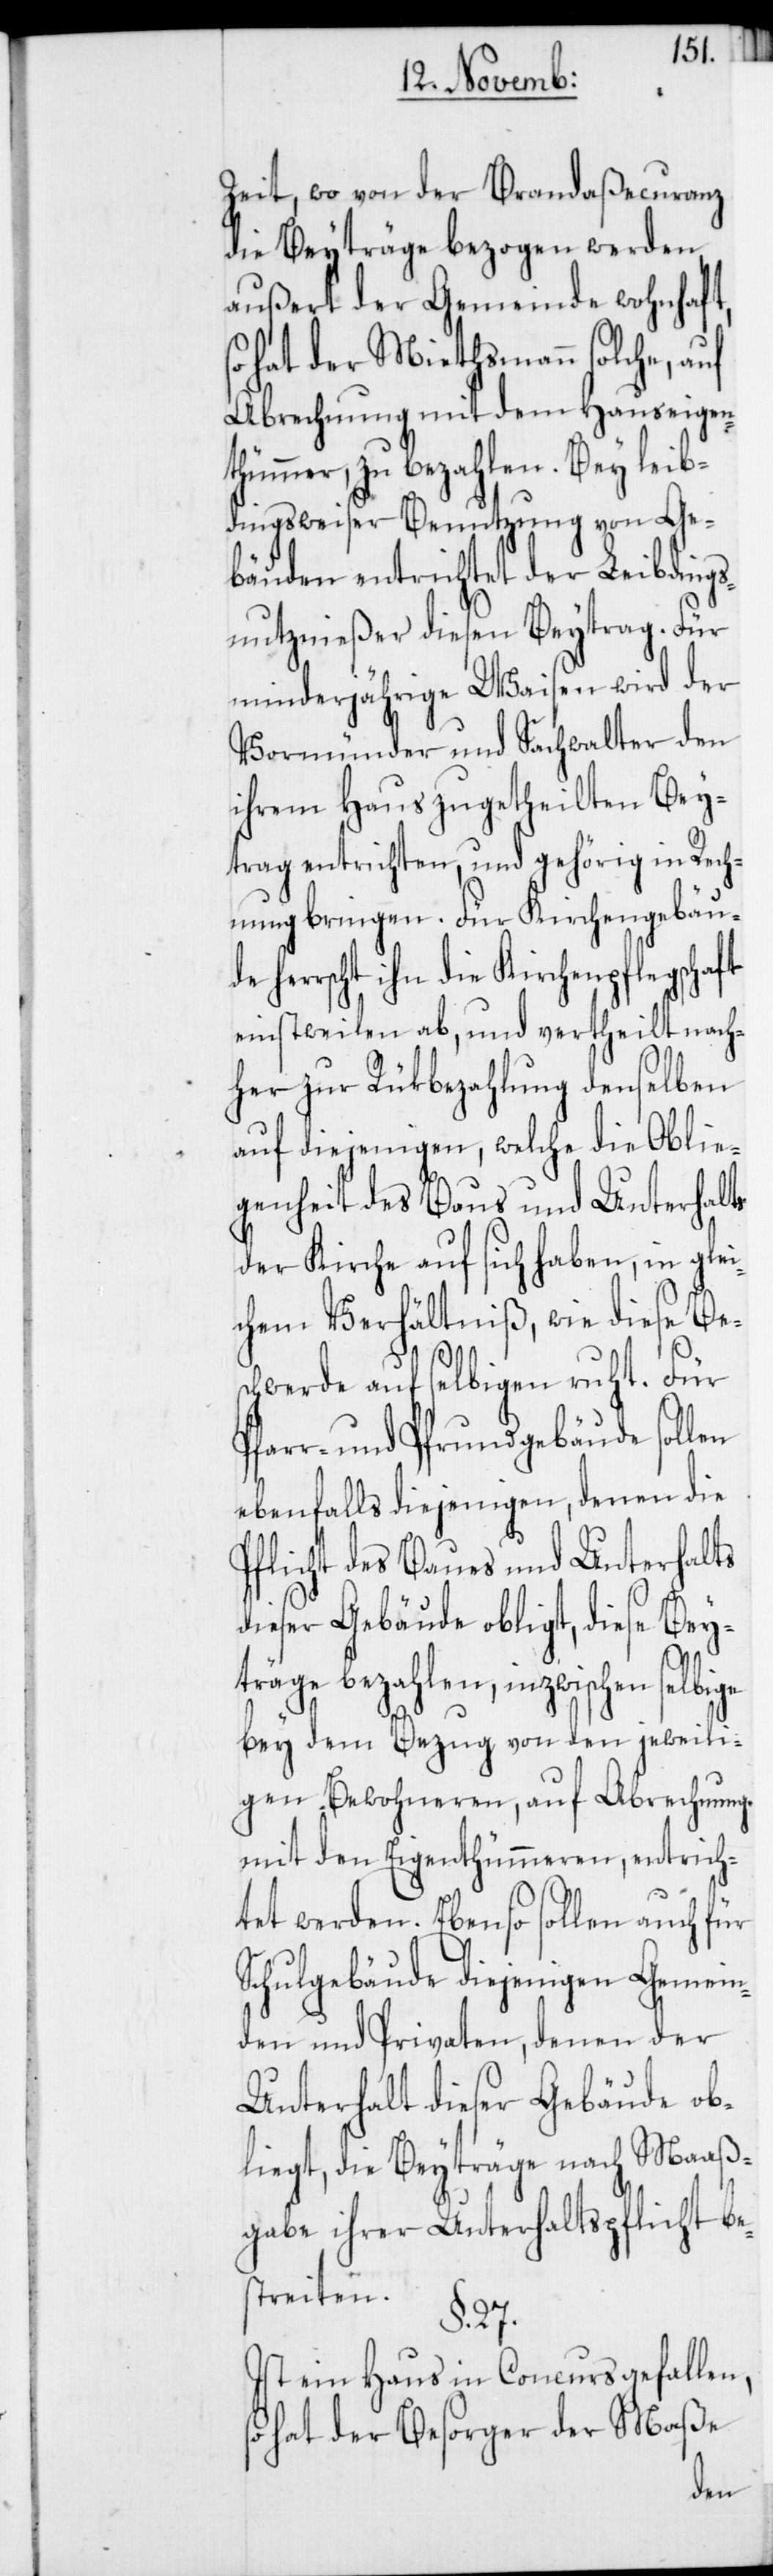
Zeit, wo von der Brandaßecuranz
die Beyträge bezogen werden,
außert der Gemeinde wohnhaft,
hat der Miethsmann solche, auf
Abrechnung mit dem Hauseigen¬
thümmer, zu bezahlen. Bey leib¬
dingsweiser Benutzung von Ge¬
bäuden entrichtet der Leibding¬
snutznießer diesen Beytrag. Für
minderjährige Waisen wird der
Vormünder und Sachwalter den
ihrem Haus zugetheilten Bey¬
trag entrichten, und gehörig in Rech¬
nung bringen. Für Kirchengebäu¬
herrscht ihn die Kirchenpflegschaft
einstweilen ab, und vertheilt nach¬
her zur Rükbezahlung denselben
auf diejenigen, welche die Oblie¬
genheit des Baus und Unterhalts
der Kirche auf sich haben, in glei¬
chem Verhältniß, wie diese Bes¬
chwerde auf selbigen ruht. Für
Pfarr- und Pfrundgebäude sollen
ebenfalls diejenigen, denen die
Pflicht des Baues und Unterhalts
dieser Gebäude obligt, diese Bey¬
träge bezahlen, inzwischen selbige
bey dem Bezug von den jeweili¬
gen Bewohneren, auf Abrechnung
mit den Eigenthümmeren, entrich¬
tet werden. Eben so sollen auch für
Schulgebäude diejenigen Gemein¬
den und Privaten, denen der
Unterhalt dieser Gebäude ob¬
liegt, die Beyträge nach Maaß¬
gabe ihrer Unterhaltspflicht be¬
streiten.
§. 27.
Ist ein Haus in Concurs gefallen,
hat der Besorger der Maße
de